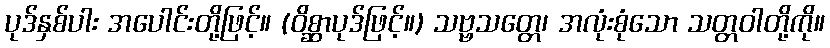
ပုဒ်နှစ်ပါး အပေါင်းတို့ဖြင့်။ (ဝိစ္ဆာပုဒ်ဖြင့်။) သဗ္ဗသတ္တေ၊ အလုံးစုံသော သတ္တဝါတို့ကို။